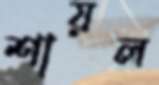
শায়ল